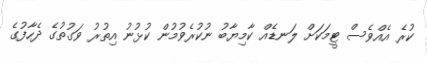
ކުރެ އެއްވެސް ޓީމަކަށް ލަނޑެއް ކާމިޔާބު ނުކުރެވުމުން ކުޅުނު އިތުރު ވަގުތުގެ ދެހާފުގެ